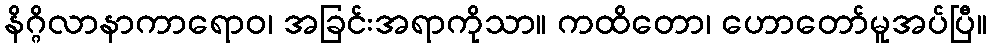
နိဂ္ဂိလာနာကာရောဝ၊ အခြင်းအရာကိုသာ။ ကထိတော၊ ဟောတော်မူအပ်ပြီ။